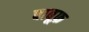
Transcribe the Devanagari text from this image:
बाबूफ़